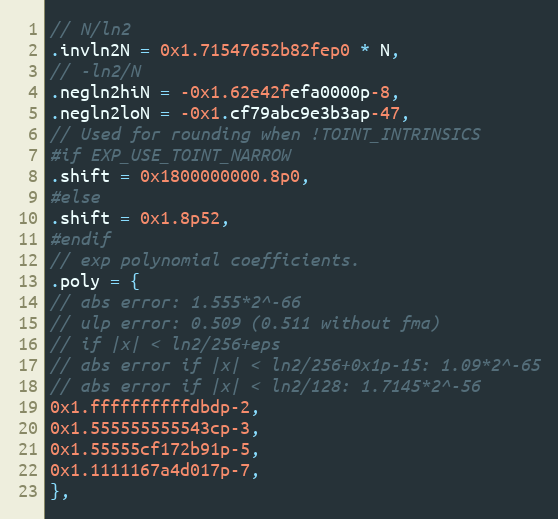
Language: C
// N/ln2
.invln2N = 0x1.71547652b82fep0 * N,
// -ln2/N
.negln2hiN = -0x1.62e42fefa0000p-8,
.negln2loN = -0x1.cf79abc9e3b3ap-47,
// Used for rounding when !TOINT_INTRINSICS
#if EXP_USE_TOINT_NARROW
.shift = 0x1800000000.8p0,
#else
.shift = 0x1.8p52,
#endif
// exp polynomial coefficients.
.poly = {
// abs error: 1.555*2^-66
// ulp error: 0.509 (0.511 without fma)
// if |x| < ln2/256+eps
// abs error if |x| < ln2/256+0x1p-15: 1.09*2^-65
// abs error if |x| < ln2/128: 1.7145*2^-56
0x1.ffffffffffdbdp-2,
0x1.555555555543cp-3,
0x1.55555cf172b91p-5,
0x1.1111167a4d017p-7,
},